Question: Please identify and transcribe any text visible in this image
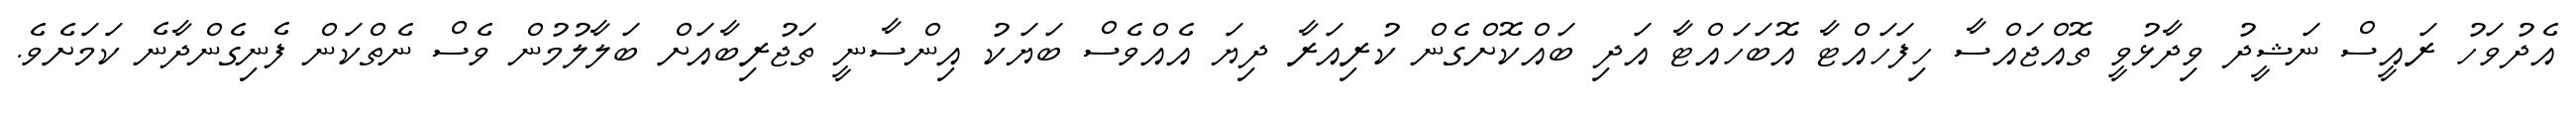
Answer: އެދުވަހު ރައީސް ނަޝީދު ވިދާޅުވީ ތޮއްޖައްސާ ހިފަހައްޓާ އޮބަހައްޓާ އަދި ބައްކޮށްގެން ކުރިއަރާ ދިޔަ އެއްވެސް ބަޔަކު އިންސާނީ ތަޖުރިބާއަށް ބަލާލުމުން ވެސް ނެތްކަން ފެނިގެންދާނެ ކަމަށެވެ.